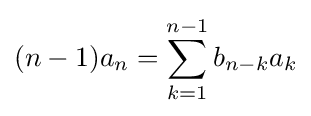
(n-1)a_{n}=\sum _{k=1}^{n-1}b_{n-k}a_{k}